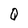
Character: Q